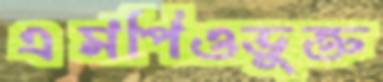
এমপিওভুক্ত